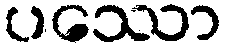
ပဿော